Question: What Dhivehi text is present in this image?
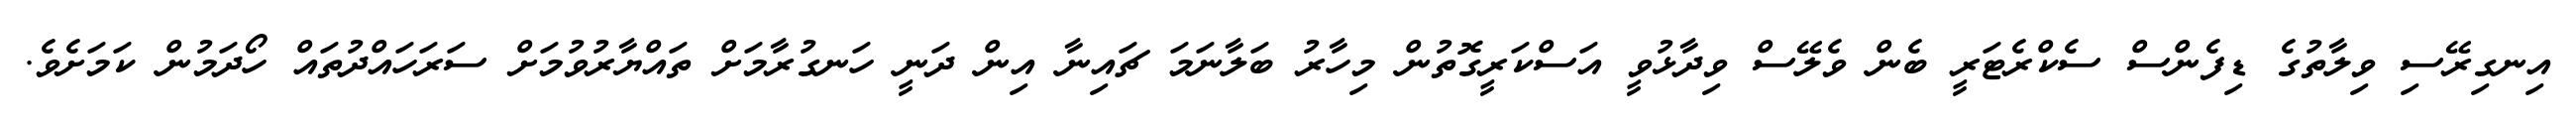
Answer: އިނގިރޭސި ވިލާތުގެ ޑިފެންސް ސެކްރެޓަރީ ބެން ވެލޭސް ވިދާޅުވީ އަސްކަރީގޮތުން މިހާރު ބަލާނަމަ ޗައިނާ އިން ދަނީ ހަނގުރާމަށް ތައްޔާރުވުމަށް ސަރަހައްދުތައް ހޯދަމުން ކަމަށެވެ.